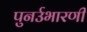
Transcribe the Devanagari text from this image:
पुनर्उभारणी